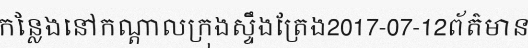
កន្លែងនៅកណ្តាលក្រុងស្ទឹងត្រែង2017-07-12ព័ត៌មាន